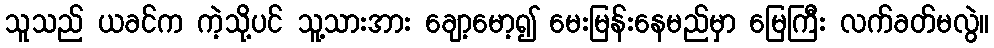
သူသည် ယခင်က ကဲ့သို့ပင် သူ့သားအား ချော့မော့၍ မေးမြန်းနေမည်မှာ မြေကြီး လက်ခတ်မလွဲ။